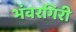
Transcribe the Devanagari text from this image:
भंवरगिरी